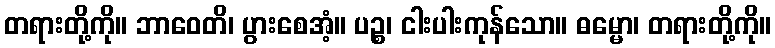
တရားတို့ကို။ ဘာဝေတိ၊ ပွားစေအံ့။ ပဉ္စ၊ ငါးပါးကုန်သော။ ဓမ္မော၊ တရားတို့ကို။